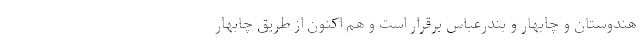
هندوستان و چابهار و بندرعباس برقرار است و هم اکنون از طریق چابهار